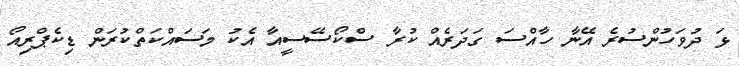
ޅަ ދުވަހުންސުރެ އޭނާ ހާއްސަ ގަދަރެއް ކުރާ ސްކޯސޭސީއާ އެކު މަސައްކަތްކުރަން ޑިކެޕްރިއޯ